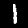
Digit: 1